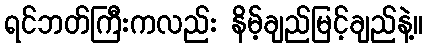
ရင်ဘတ်ကြီးကလည်း နိမ့်ချည်မြင့်ချည်နဲ့။